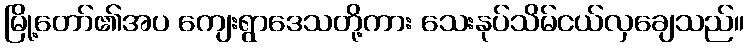
မြို့တော်၏အပ ကျေးရွာဒေသတို့ကား သေးနုပ်သိမ်ငယ်လှချေသည်။